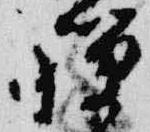
禅